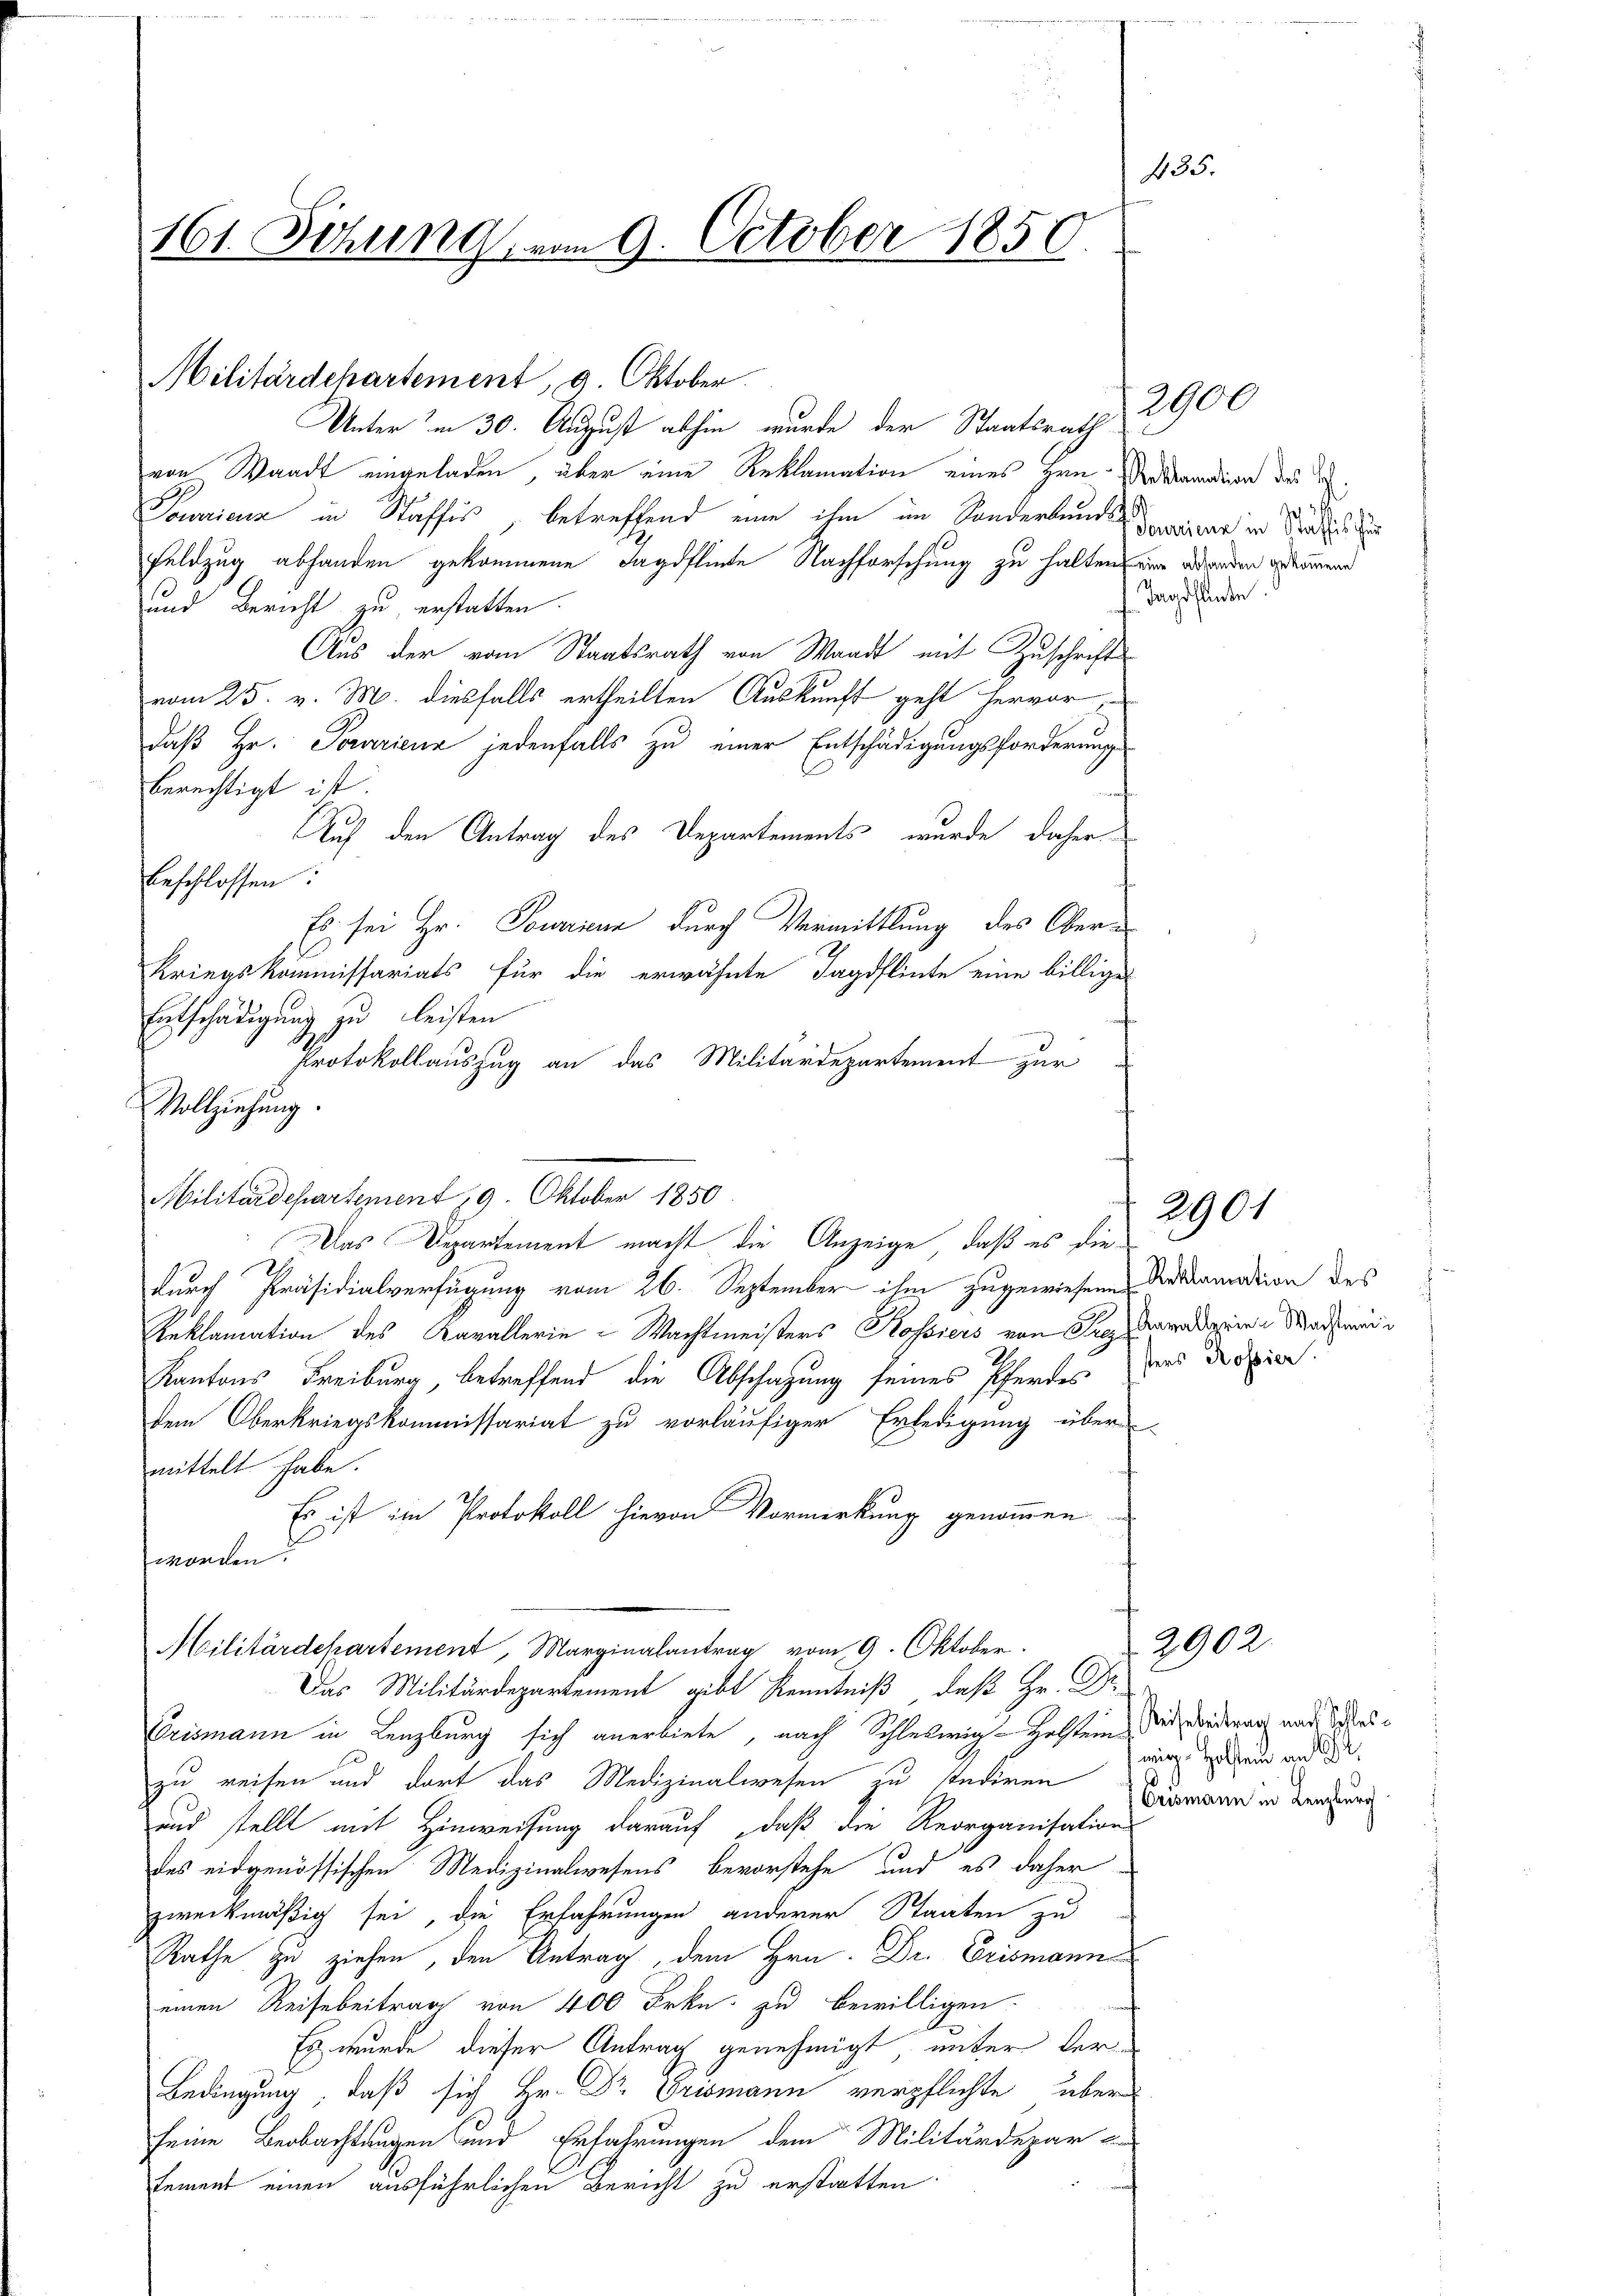
435.
161. Sitzung, vom 9. October 1850.

Militärdepartement, 9. Oktober
Unter in 30. August abhin wurde der Staatsrath

von Waadt eingeladen, über eine Reklamation eines zum Verkanndien des I.
Tourieur in Staffis, betreffend eine ihm im Sonderbundeiner in der
Feldzug abhanden gekommene Jagdflinte Nachforschung zu halten seine werden gekomend
und Bericht zu erstatten
Aus der vom Staatsrath von Waadt mit Zuschrift
vom 25. v. M. diesfalls ertheilten Auskunft geht hervor,
daß Hr. Pouriena jedenfalls zu einer Entschädigungsforderung
berechtigt ist.
ade
Auf den Antrag des Departements wurde daher
beschlossen:
Es sei Hr. Toureur durch Vermittlung des Ober¬
Kriegskommissariats für die erwähnte Jagdflinte eine billige
Entschädigung zu leisten

Protokollauszug an das Militärdepartement zur
Vollziehung.
Militärdepartement 19. Oktober 1850
Das Departement macht die Anzeige, daß es die¬
B
durch Präsidialverfügung vom 26. September ihm zugewiesene Arkaramation des
Reklamation des Kavallerie-Wachtmeisters Kossiers von Sie daradere Machwei¬
Kantons Freiburg, betreffend die Abschazung seines Pferdes des dreien.
dem Oberkriegskommissariat zu vorläufiger Erledigung über
mittelt habe.
Es ist im Protokoll hievon Vormerkung genommen
worden.

Crismann in Lenzburg sich anerbiete, nach Schleswig-Holstem Wir wiederen und Waszu reisen und dort das Medizinalwesen zu sondiren wird ein auf
und stellt mit Hinweisung darauf, daß die Reorganisation
des eidgenössischen Medizinalwesens bevorstehe und es daher
zweckmäßig sei, die Erfahrungen anderer Staaten zu
Rathe zu ziehen, den Antrag, dem Hrn. Dr. Erismann
einen Reise beitrag von 400 Frkn. zu bewilligen.
Es wurde dieser Antrag genehmigt, unter der-
Bedingung, daß sich Hr. Dr Crismann verpflichte über
seine Beobachtungen und Erfahrungen dem Militärdepart
sement einen ausführlichen Bericht zu erstatten

Militärdepartement, Marginalantrag vom 9. Oktober.
Das Militärdepartement gibt Kenntniß, daß Hr. Dr.

2900
 26
Tagsstande.

2901

Erismann in Lenzburg

2902.